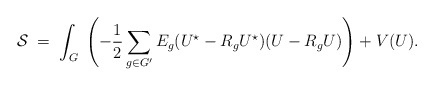
\begin{align*}{\cal S} \; = \; \int_G \; \left( - \frac{1}{2}\sum_{g \in G'} E_g (U^\star - R_g U^\star) ( U - R_g U) \right) + V(U).\end{align*}